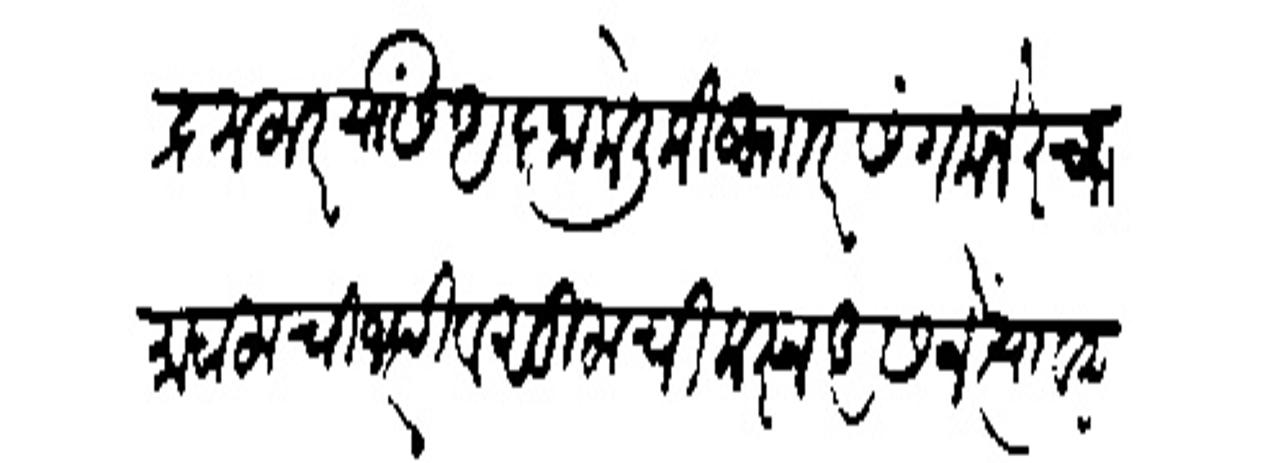
Transliteration (Devanagari): रामचंद्र मलार यांसी अजा केली की सार संगमनेरच्या माहालाची जप्ती वसुलीची करून असने त्यावरून